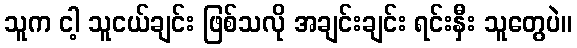
သူက ငါ့ သူငယ်ချင်း ဖြစ်သလို အချင်းချင်း ရင်းနှီး သူတွေပဲ။